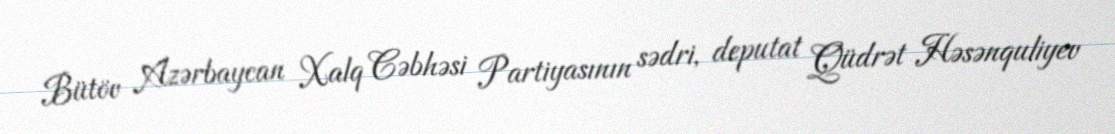
Bütöv Azərbaycan Xalq Cəbhəsi Partiyasının sədri, deputat Qüdrət Həsənquliyev